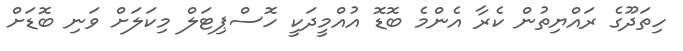
ހިތަދޫގެ ރައްޔިތުން ކެރާ އެންމެ ބޮޑޮ އުއްމީދަކީ ހޮސްޕިޓަލް މިކަލަށް ވަނި ބޮޑަށް